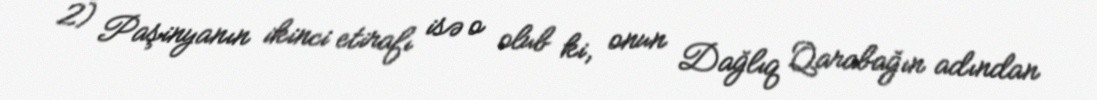
2) Paşinyanın ikinci etirafı isə o olub ki, onun Dağlıq Qarabağın adından